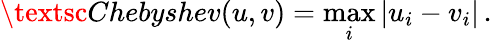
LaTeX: \textsc{Chebyshev}(u,v)=\operatorname*{max}_{i}\left|u_{i}-v_{i}\right|\, .